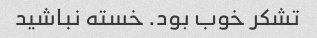
تشکر خوب بود. خسته نباشید